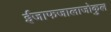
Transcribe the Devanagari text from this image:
ईजाफजालाजोकुल